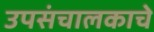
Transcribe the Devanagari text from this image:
उपसंचालकाचे